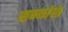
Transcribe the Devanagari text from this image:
सन्यांस